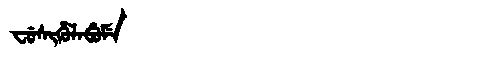
Manchu: ᠸᡠᠰᡳᡥᡠᠯᠠᠪᡠᠮᡝ
Romanization: FUSIHULABUME